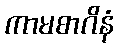
ကာမစာဂိနံ